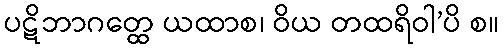
ပဋိဘာဂတ္ထေ ယထာစ၊ ဝိယ တထရိဝါ’ပိ စ။